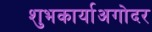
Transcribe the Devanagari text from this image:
शुभकार्याअगोदर